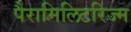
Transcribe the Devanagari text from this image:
पैरामिलिटरिज्म